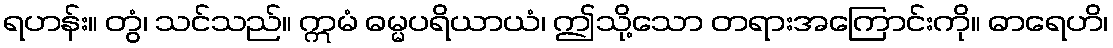
ရဟန်း။ တွံ၊ သင်သည်။ ဣမံ ဓမ္မပရိယာယံ၊ ဤသို့သော တရားအကြောင်းကို။ ဓာရေဟိ၊